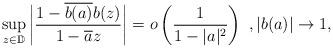
\begin{align*} \sup_{z\in \mathbb{D}}\bigg| \frac{1-\overline{b(a)}b(z)}{1-\overline{a}z}\bigg|=o\left( \frac{1}{1-|a|^2}\right)\ , |b(a)| \to 1,\end{align*}